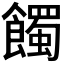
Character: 𩞾